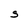
Character: S